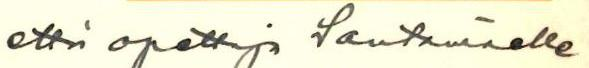
ettei opettaja Santamäelle